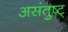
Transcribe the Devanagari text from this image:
असंतुष्ट्